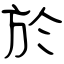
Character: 於